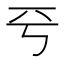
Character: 𠀒